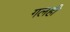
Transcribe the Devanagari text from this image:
गलही